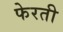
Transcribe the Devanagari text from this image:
फेरती